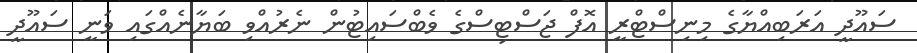
ސައޫދީ އަރަބިއްޔާގެ މިނިސްޓްރީ އޮފް ޖަސްޓިސްގެ ވެބްސައިޓުން ނެރުއްވި ބަޔާނެއްގައި ވަނީ ސައޫދީ